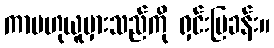
ကာမဟုယူမှားသည်ကို ရှင်းပြခန်း။